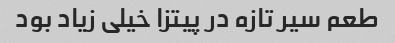
طعم سیر تازه در پیتزا خیلی زیاد بود